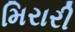
મિરારી